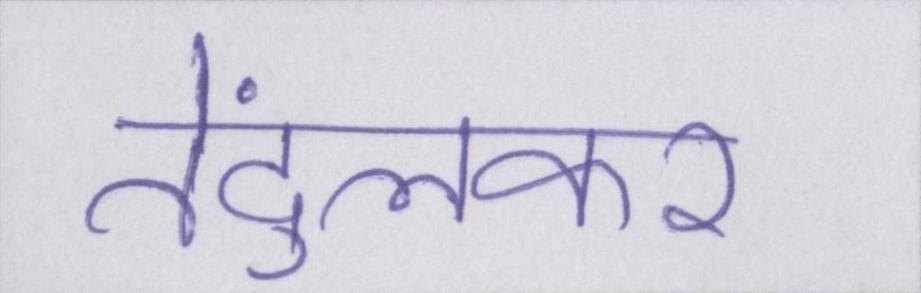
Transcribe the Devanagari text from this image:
तेंदुलकर